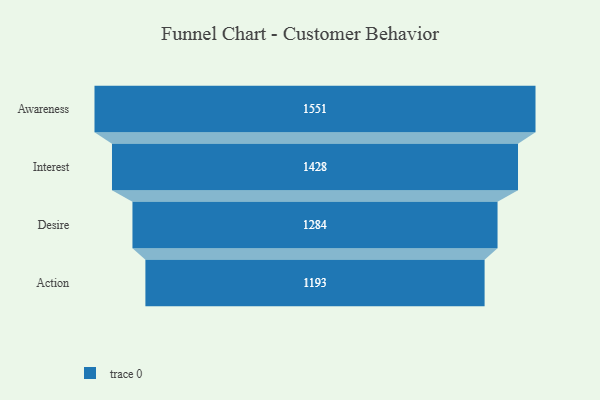
{"axis": {"x": "Stage", "y": "Value"}, "legend": [""], "data": [{"x": "Awareness", "y": 1551.0, "type": ""}, {"x": "Interest", "y": 1428.0, "type": ""}, {"x": "Desire", "y": 1284.0, "type": ""}, {"x": "Action", "y": 1193.0, "type": ""}]}